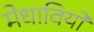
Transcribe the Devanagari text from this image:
मेधावियों